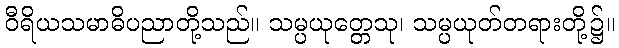
ဝီရိယသမာဓိပညာတို့သည်။ သမ္ပယုတ္တေသု၊ သမ္ပယုတ်တရားတို့၌။